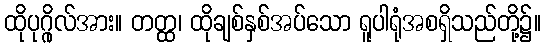
ထိုပုဂ္ဂိုလ်အား။ တတ္ထ၊ ထိုချစ်နှစ်အပ်သော ရူပါရုံအစရှိသည်တို့၌။